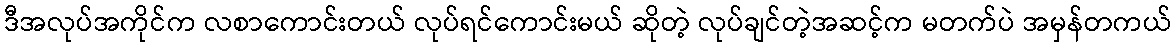
ဒီအလုပ်အကိုင်က လစာကောင်းတယ် လုပ်ရင်ကောင်းမယ် ဆိုတဲ့ လုပ်ချင်တဲ့အဆင့်က မတက်ပဲ အမှန်တကယ်